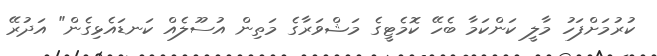
ކުރުމަށްފަހު މާލީ ކަންކަމާ ބެހޭ ކޮމެޓީގެ މަޝްވަރާގެ މަތިން އުސޫލެއް ކަނޑައެޅިގެން" އަދުރޭ